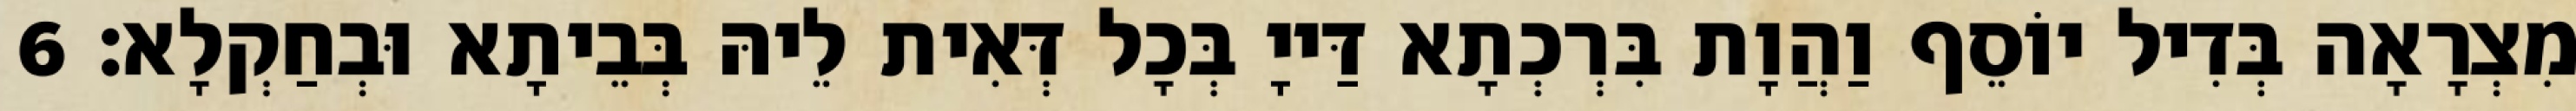
מִצְרָאָה בְּדִיל יוֹסֵף וַהֲוָת בִּרְכְתָא דַּייָ בְּכָל דְּאִית לֵיהּ בְּבֵיתָא וּבְחַקְלָא׃ 6